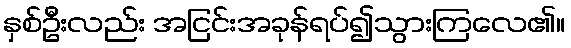
နှစ်ဦးလည်း အငြင်းအခုန်ရပ်၍သွားကြလေ၏။